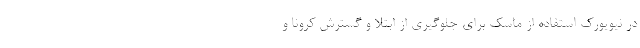
در نیویورک استفاده از ماسک برای جلوگیری از ابتلا و گسترش کرونا و